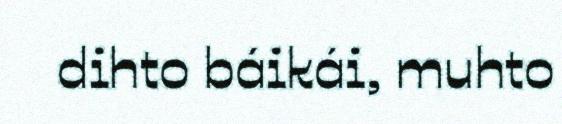
dihto báikái, muhto